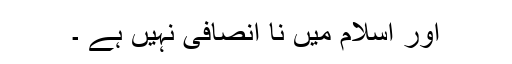
اور اسلام میں نا انصافی نہیں ہے ۔